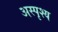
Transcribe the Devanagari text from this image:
अस्‍पृश्य